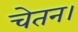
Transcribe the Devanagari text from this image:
चेतन।